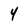
Character: 4